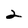
Character: 2